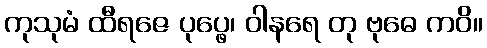
ကုသုမံ ထီရဇေ ပုပ္ဖေ၊ ဝါနရေ တု ဗုဓေ ကဝိ။